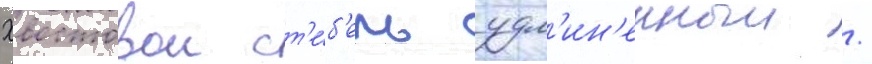
Хвостовои ст'е́б'ель удл'ин'енныи /